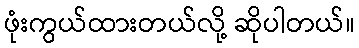
ဖုံးကွယ်ထားတယ်လို့ ဆိုပါတယ်။